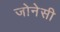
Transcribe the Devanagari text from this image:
जोनेसी